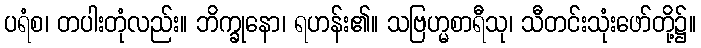
ပရံစ၊ တပါးတုံလည်း။ ဘိက္ခုနော၊ ရဟန်း၏။ သဗြဟ္မစာရီသု၊ သီတင်းသုံးဖော်တို့၌။